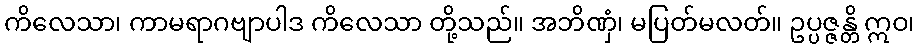
ကိလေသာ၊ ကာမရာဂဗျာပါဒ ကိလေသာ တို့သည်။ အဘိဏှံ၊ မပြတ်မလတ်။ ဥပ္ပဇ္ဇန္တိ ဣဝ၊